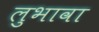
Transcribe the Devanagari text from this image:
लुभावा